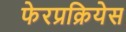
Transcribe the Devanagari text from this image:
फेरप्रक्रियेस